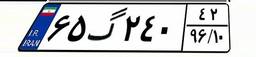
۶۵گ۲۴۰۴۲